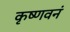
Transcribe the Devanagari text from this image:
कृष्णवनं